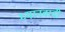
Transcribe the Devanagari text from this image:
ध्यानवादी